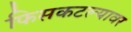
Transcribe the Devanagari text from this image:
फिसकटल्यावर